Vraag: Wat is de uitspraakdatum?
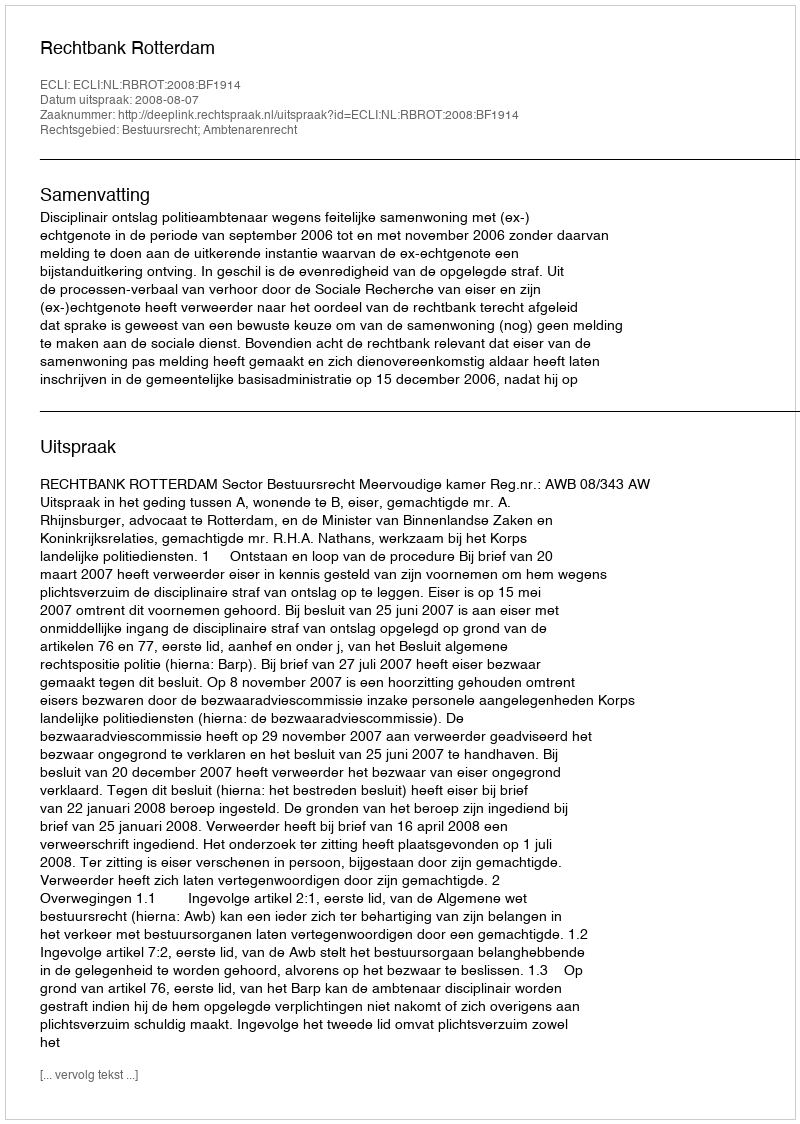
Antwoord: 2008-08-07